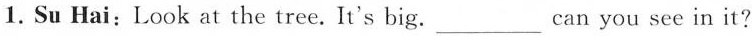
1.Su Hai:Look at the tree.It's big. ___ Can you see in it?